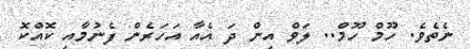
ނެތެވެ. ހޫމް ހޫމް.. ލަވް އިން ދަ އެއާ އަހަރެން ފެނުމާއި ކޮއްކޮ